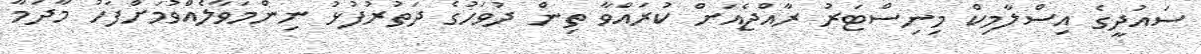
ސައުދީގެ އިސްލާމިކް މިނިސްޓަރު ރާއްޖެއަށް ކުރައްވާ ތިން ދުވަހުގެ ދަތުރުފުޅު ނިންމަވާލެއްވުމަށްފަހު މާދަމާ